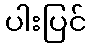
ပါးပြင်